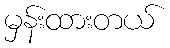
မှန်းထားတယ်